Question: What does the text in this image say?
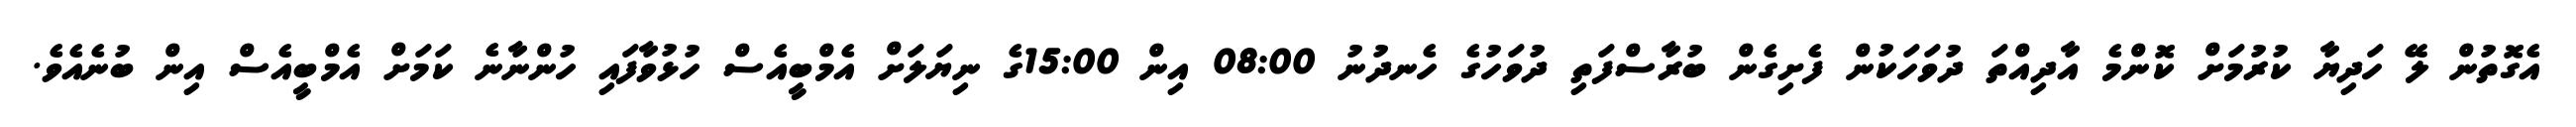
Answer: އެގޮތުން ލޭ ހަދިޔާ ކުރުމަށް ކޮންމެ އާދިއްތަ ދުވަހަކުން ފެށިގެން ބުރާސްފަތި ދުވަހުގެ ހެނދުނު 08:00 އިން 15:00ގެ ނިޔަލަށް އެމްބީއެސް ހުޅުވާފައި ހުންނާނެ ކަމަށް އެމްބީއެސް އިން ބުނެއެވެ.